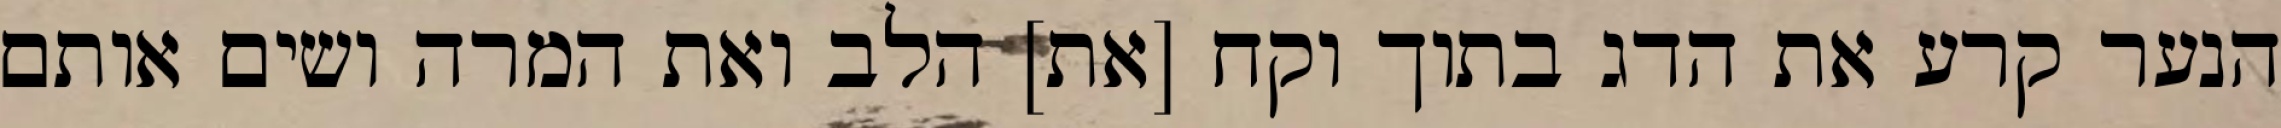
הנער קרע את הדג בתוך וקח [את] הלב ואת המרה ושים אותם